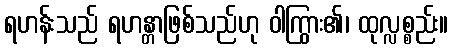
ရဟန်းသည် ရဟန္တာဖြစ်သည်ဟု ဝါကြွား၏၊ ထုလ္လစ္စည်း။